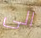
الى